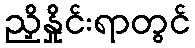
ညှိနှိုင်းရာတွင်